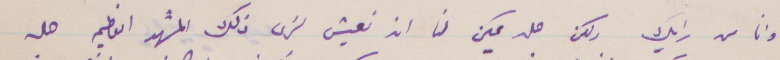
وانا من رايك لكن هل يمكن لنا ان نعيش لنرى ذلك المشهد العظيم هل